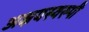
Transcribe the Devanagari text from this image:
अक्षयस्वरूपी